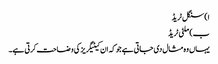
ا) سنگل ٹریڈ
ب) ملٹی ٹریڈ
یہاں وہ مثال دی جاتی ہے جو کہ ان کیٹیگریز کی وضاحت کرتی ہے۔